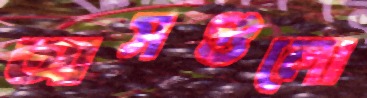
আসগুলো